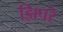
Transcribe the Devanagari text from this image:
झिपरे